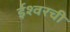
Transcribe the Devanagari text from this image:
ईश्वरची